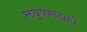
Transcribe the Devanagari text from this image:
लघुपल्ल्याचे